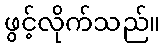
ဖွင့်လိုက်သည်။